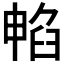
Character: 𭧁